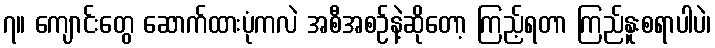
၇။ ကျောင်းတွေ ဆောက်ထားပုံကလဲ အစီအစဉ်နဲ့ဆိုတော့ ကြည့်ရတာ ကြည်နူးစရာပါပဲ၊